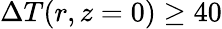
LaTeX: \Delta T(r,z=0)\geq 40